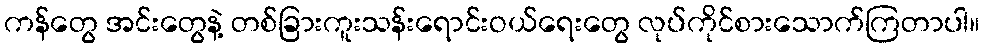
ကန်တွေ အင်းတွေနဲ့ တစ်ခြားကူးသန်းရောင်းဝယ်ရေးတွေ လုပ်ကိုင်စားသောက်ကြတာပါ။